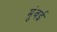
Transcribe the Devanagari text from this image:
मुंवई